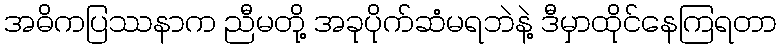
အဓိကပြဿနာက ညီမတို့ အခုပိုက်ဆံမရဘဲနဲ့ ဒီမှာထိုင်နေကြရတာ